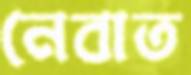
নেবাত